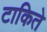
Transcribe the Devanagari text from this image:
टाकिते